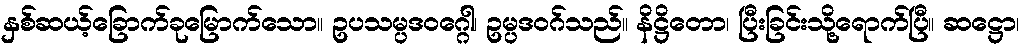
နှစ်ဆယ့်ခြောက်ခုမြောက်သော။ ဥပသမ္ပဒဝဂ္ဂေါ၊ ဥမ္ပဒဝဂ်သည်။ နိဋ္ဌိတော၊ ပြီးခြင်းသို့ရောက်ပြီ။ ဆဋ္ဌော၊